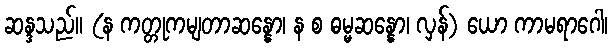
ဆန္ဒသည်။ (န ကတ္တုကမျတာဆန္နော၊ န စ ဓမ္မဆန္နော၊ လှန်) ယော ကာမရာဂေါ၊